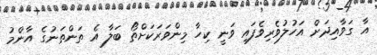
އާ ގަވާއިދަށް އަހުލުވެރިވެފައި ވަނީ ކިހާ މިންވަރަކަށްތޯ ބަލާ އެ ތަންތަނުގެ އާންމު